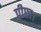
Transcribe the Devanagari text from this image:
पीछा।